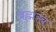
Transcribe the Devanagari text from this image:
ब्रह्मरंब